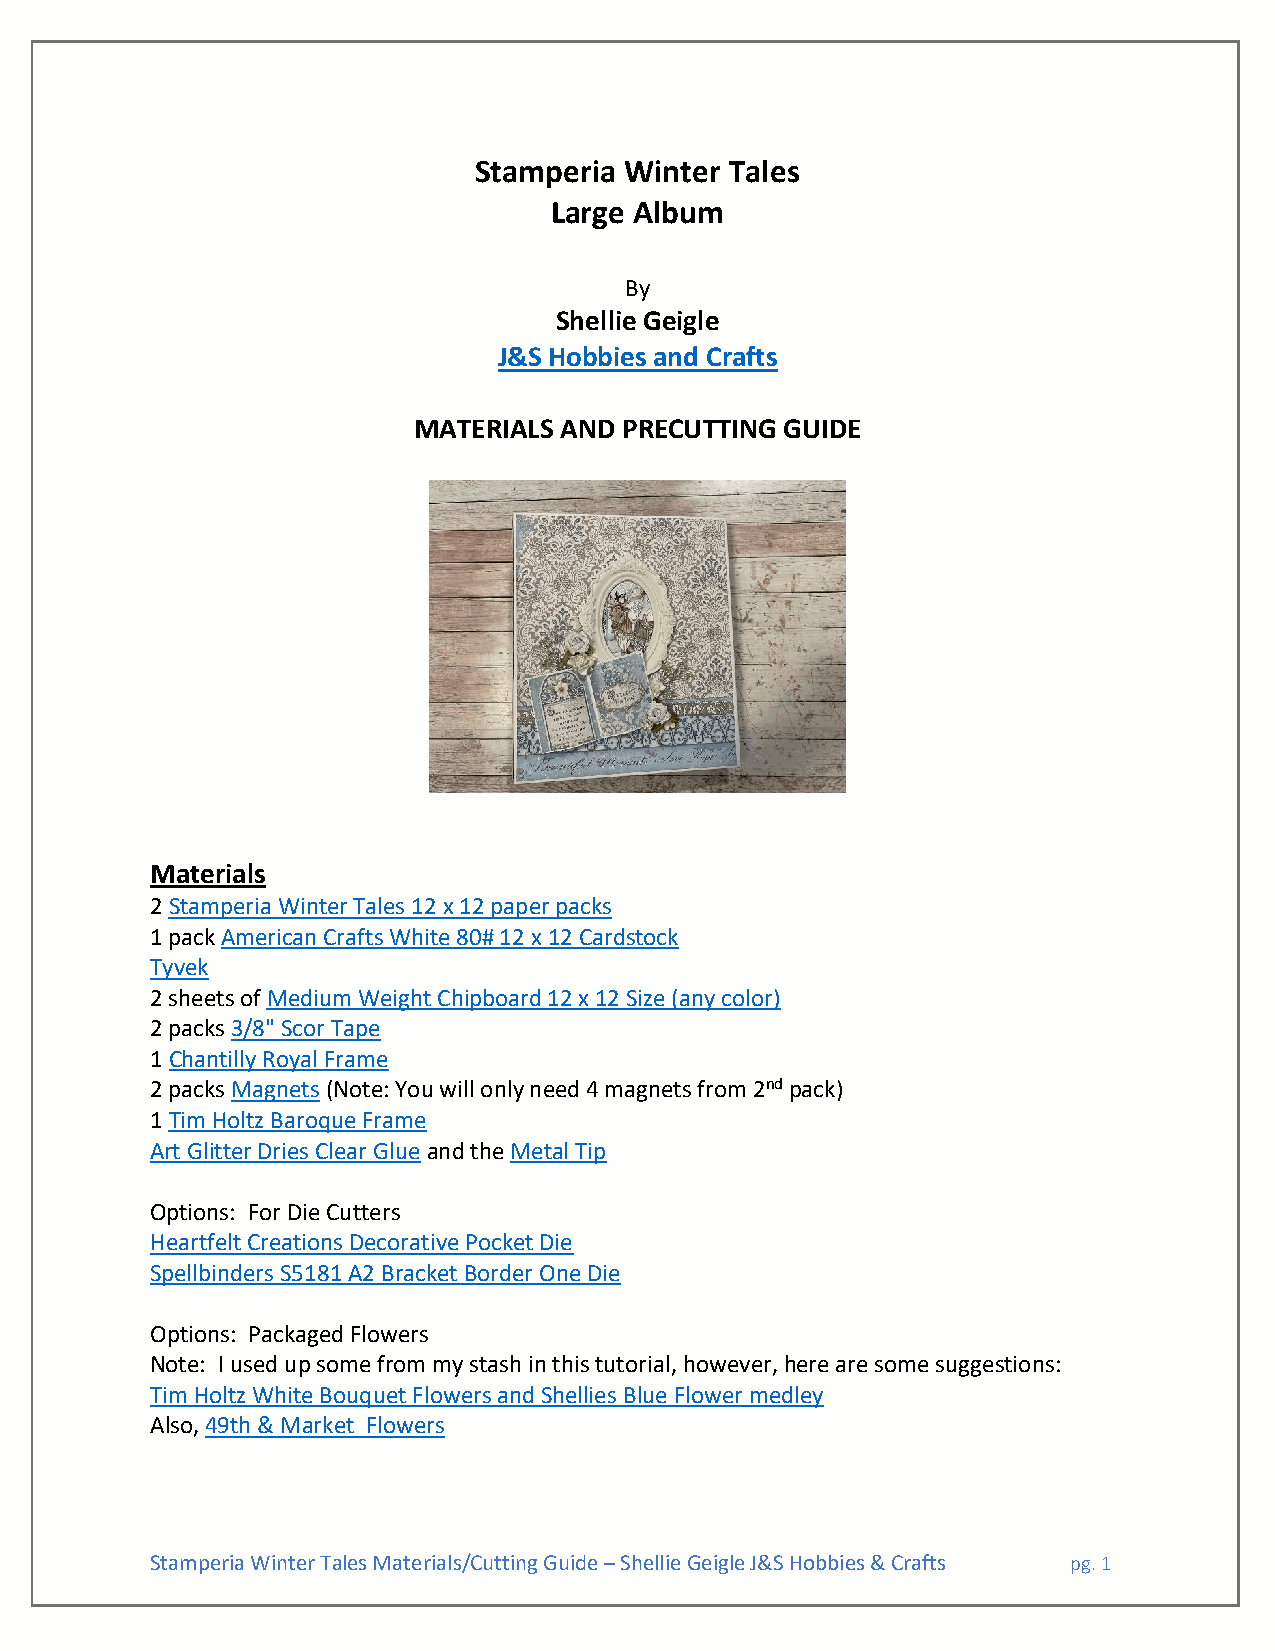
Stamperia Winter Tales
 Large Album
 By
 Shellie Geigle
 J&S Hobbies and Crafts
 MATERIALS AND PRECUTTING GUIDE
 Materials
 2 Stamperia Winter Tales 12 x 12 paper packs
 1 pack American Crafts White 80# 12 x 12 Cardstock
 Tyvek
 2 sheets of Medium Weight Chipboard 12 x 12 Size (any color)
 2 packs 3/8" Scor Tape
 1 Chantilly Royal Frame
 2 packs Magnets (Note: You will only need 4 magnets from 2nd pack)
 1 Tim Holtz Baroque Frame
 Art Glitter Dries Clear Glue and the Metal Tip
 Options: For Die Cutters
 Heartfelt Creations Decorative Pocket Die
 Spellbinders S5181 A2 Bracket Border One Die
 Options: Packaged Flowers
 Note: I used up some from my stash in this tutorial, however, here are some suggestions:
 Tim Holtz White Bouquet Flowers and Shellies Blue Flower medley
 Also, 49th & Market Flowers
 Stamperia Winter Tales Materials/Cutting Guide – Shellie Geigle J&S Hobbies & Crafts pg. 1